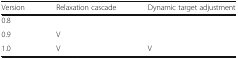
| Version | Relaxation cascade | Dynamic target adjustment |
 | --- | --- | --- |
 | 0.8 |  |  |
 | 0.9 | V |  |
 | 1.0 | V | V |